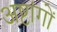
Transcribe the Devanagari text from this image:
अष्टांगों